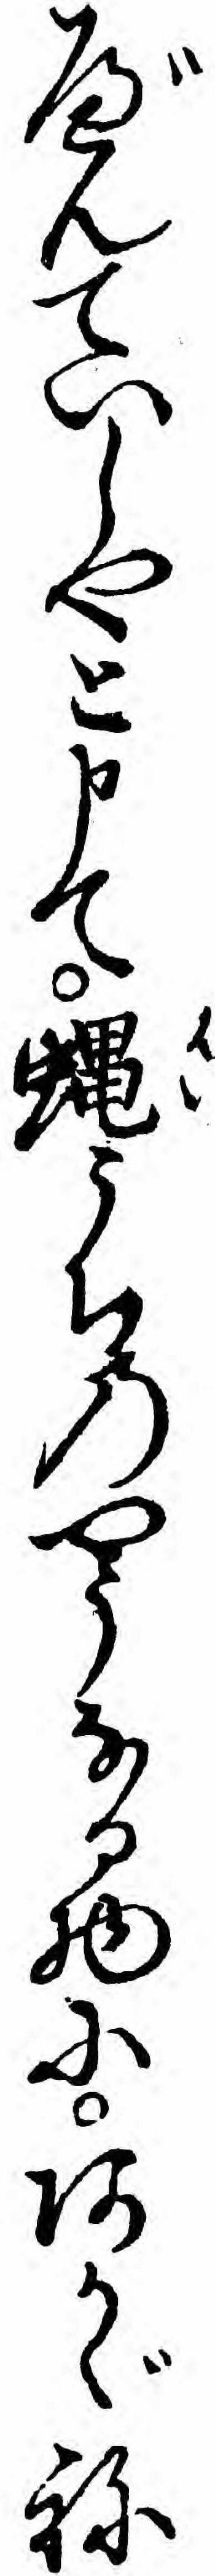
べんていしやと申て蝿うちのやうなる物にあかゞね